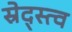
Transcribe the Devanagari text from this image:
स्रेद्स्त्व